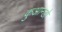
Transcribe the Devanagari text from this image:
कुआन्डो